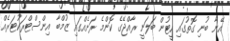
އޭނާ ބުނި ގޮތުގައި ހީޓުން ބަލަނީ ރާއްޖޭގެ ކޮންމެ ރަށެއްގައި ޒުމްބާ އިންސްޓްރަކުޓަރެއް